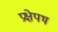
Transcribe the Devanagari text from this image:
प्रक्षेपथ